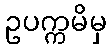
ဥပက္ကမိမှ